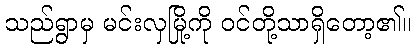
သည်ရွာမှ မင်းလှမြို့ကို ဝင်တို့သာရှိတော့၏။